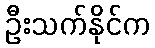
ဦးသက်နိုင်က